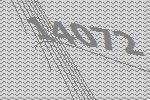
14072